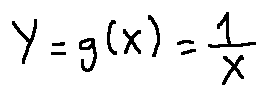
Y = g ( X ) = \frac { 1 } { X }